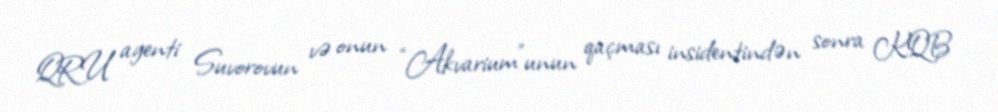
QRU agenti Suvorovun və onun “Akvarium”unun qaçması insidentindən sonra KQB